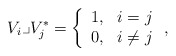
\begin{align*}V_i \lrcorner V_j^* =\left\{ \begin{array}{cc}1, & i=j \\0, & i\neq j \end{array}\right. ,\end{align*}